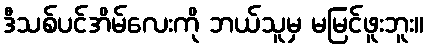
ဒီသစ်ပင်အိမ်လေးကို ဘယ်သူမှ မမြင်ဖူးဘူး။